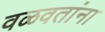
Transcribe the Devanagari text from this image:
वळवतांना